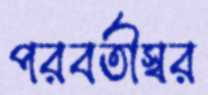
পরবর্তীস্বর